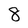
Character: 8